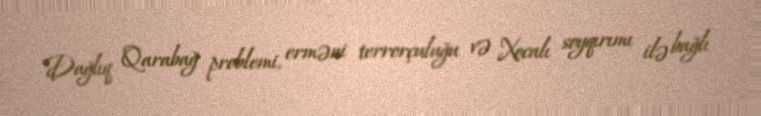
Dağlıq Qarabağ problemi, erməni terrorçuluğu və Xocalı soyqırımı ilə bağlı